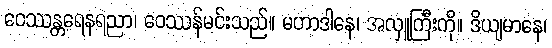
ဝေဿန္တရေနရညာ၊ ဝေဿန်မင်းသည်။ မဟာဒါနေ၊ အလှူကြီးကို။ ဒိယျမာနေ၊